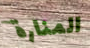
المنارة